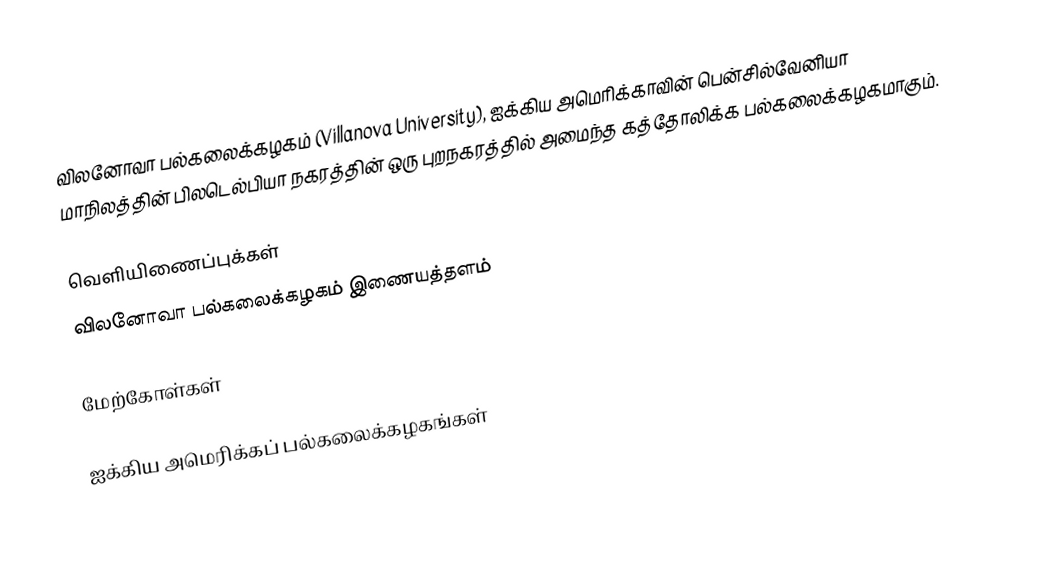
விலனோவா பல்கலைக்கழகம் (Villanova University), ஐக்கிய அமெரிக்காவின் பென்சில்வேனியா மாநிலத்தின் பிலடெல்பியா நகரத்தின் ஒரு புறநகரத்தில் அமைந்த கத்தோலிக்க பல்கலைக்கழகமாகும்.

வெளியிணைப்புக்கள்
 விலனோவா பல்கலைக்கழகம் இணையத்தளம்

மேற்கோள்கள்

ஐக்கிய அமெரிக்கப் பல்கலைக்கழகங்கள்